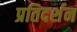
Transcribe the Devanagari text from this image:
प्रतिदर्शन